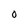
Character: O